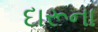
દારૂના